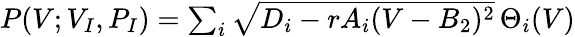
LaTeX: \begin{array}{r}{P(V;V_{I},P_{I})=\sum_{i}\sqrt{D_{i}-rA_{i}(V-B_{2})^{2}}\, \Theta_{i}(V)}\end{array}